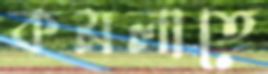
কমলাতে